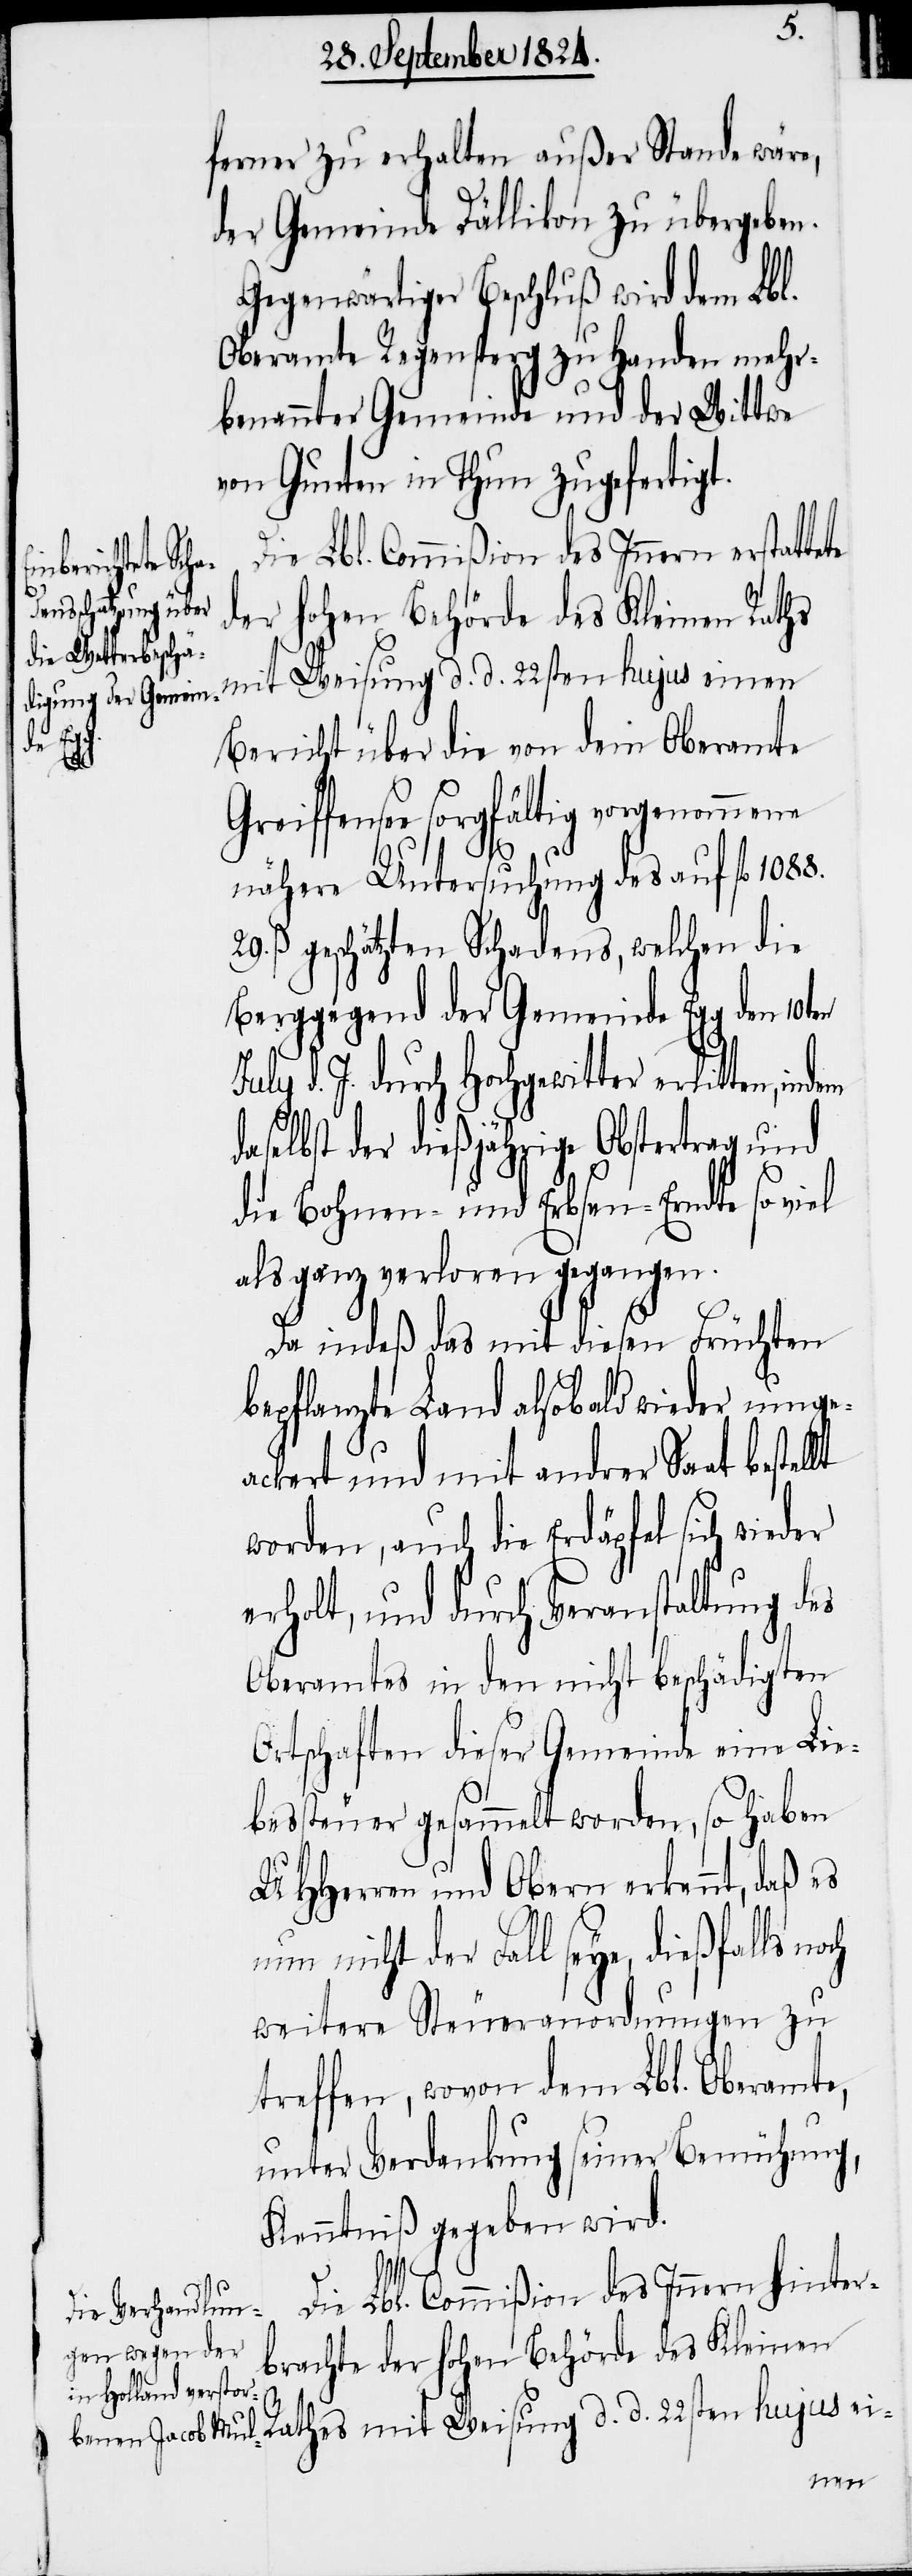
ferner zu erhalten außer Stande wäre,
der Gemeinde Dällikon zu übergeben.
Gegenwärtiger Beschluß wird dem Lbl.
Oberamte Regensperg zu Handen mehr¬
benannter Gemeinde und der Wittwe
von Gunten in Thun zugefertigt.
Die Lbl. Commißion des Innern erstattete
der hohen Behörde des Kleinen
dase¬
Bericht über die von dem Oberamte
Greiffensee sorgfältig vorgenommene
nähere Untersuchung des auf fl 1088.
ß. geschätzten Schadens, welchen die
Berggegend der Gemeinde Egg den 10ten
July d J. durch Hochgewitter erlitten, indem
lbst der dießjährige Obstertag und
die Bohnen- und Erbsen-Erndte so viel
als ganz verloren gegangen.
Da indeß das mit diesen Früchten
bepflanzte Land alsobald wieder umge¬
ackert und mit andrer Saat bestellt
worden, auch die Erdäpfel sich wieder
erholt, und durch Veranstaltung des
Oberamtes in den nicht beschädigten
Ortschaften dieser Gemeinde eine Lie¬
bessteuer gesammelt worden, so haben
UHHerren und Obern erkennt, daß es
nicht der Fall seye, dießfalls
weitere Steueranordnungen zu
treffen, wovon dem Lbl. Oberamte,
unter Verdankung seiner Bemühung,
Kenntniß gegeben wird.
Die Lbl. Commißion des Innern hinter¬
brachte der hohen Behörde des Kleinen
Rathes mit Weisung d. d. 22sten hujus ei-
nen